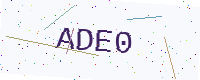
Text: ADE0